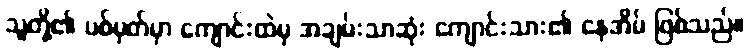
သူတို့၏ ပစ်မှတ်မှာ ကျောင်းထဲမှ အချမ်းသာဆုံး ကျောင်းသား၏ နေအိမ် ဖြစ်သည်။